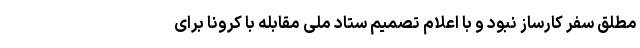
مطلق سفر کارساز نبود و با اعلام تصمیم ستاد ملی مقابله با کرونا برای